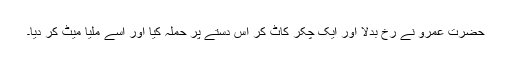
حضرت عمرو نے رخ بدلا اور ایک چکر کاٹ کر اس دستے پر حملہ کیا اور اسے ملیا میٹ کر دیا۔